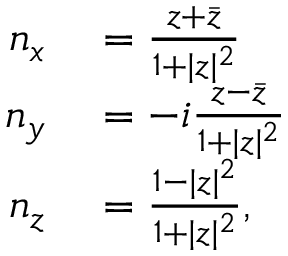
\begin{array} { r l } { n _ { x } } & { { } = \frac { z + \bar { z } } { 1 + | z | ^ { 2 } } } \\ { n _ { y } } & { { } = - i \frac { z - \bar { z } } { 1 + | z | ^ { 2 } } } \\ { n _ { z } } & { { } = \frac { 1 - | z | ^ { 2 } } { 1 + | z | ^ { 2 } } , } \end{array}